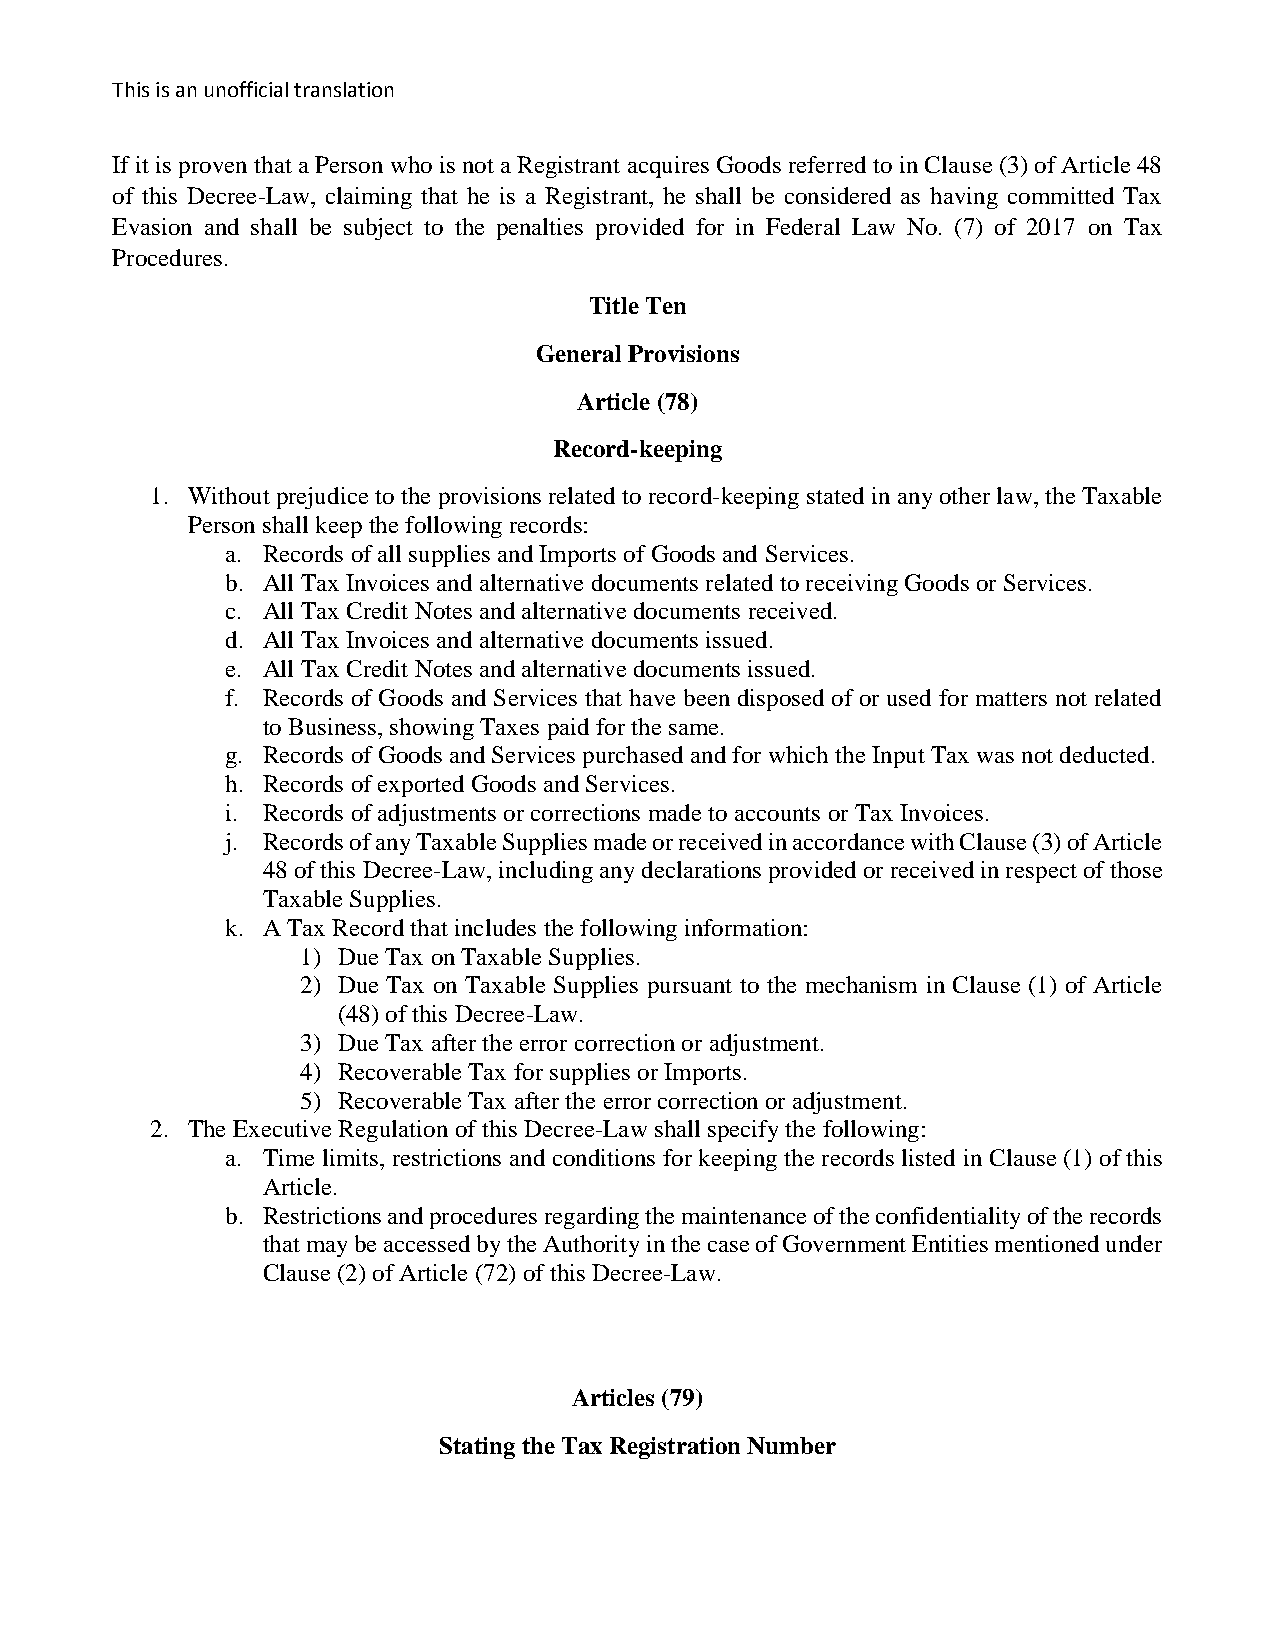
This is an unofficial translation
 If it is proven that a Person who is not a Registrant acquires Goods referred to in Clause (3) of Article 48
 of this Decree-Law, claiming that he is a Registrant, he shall be considered as having committed Tax
 Evasion and shall be subject to the penalties provided for in Federal Law No. (7) of 2017 on Tax
 Procedures.
 Title Ten
 General Provisions
 Article (78)
 Record-keeping
 1. Without prejudice to the provisions related to record-keeping stated in any other law, the Taxable
 Person shall keep the following records:
 a. Records of all supplies and Imports of Goods and Services.
 b. All Tax Invoices and alternative documents related to receiving Goods or Services.
 c. All Tax Credit Notes and alternative documents received.
 d. All Tax Invoices and alternative documents issued.
 e. All Tax Credit Notes and alternative documents issued.
 f. Records of Goods and Services that have been disposed of or used for matters not related
 to Business, showing Taxes paid for the same.
 g. Records of Goods and Services purchased and for which the Input Tax was not deducted.
 h. Records of exported Goods and Services.
 i. Records of adjustments or corrections made to accounts or Tax Invoices.
 j. Records of any Taxable Supplies made or received in accordance with Clause (3) of Article
 48 of this Decree-Law, including any declarations provided or received in respect of those
 Taxable Supplies.
 k. A Tax Record that includes the following information:
 1) Due Tax on Taxable Supplies.
 2) Due Tax on Taxable Supplies pursuant to the mechanism in Clause (1) of Article
 (48) of this Decree-Law.
 3) Due Tax after the error correction or adjustment.
 4) Recoverable Tax for supplies or Imports.
 5) Recoverable Tax after the error correction or adjustment.
 2. The Executive Regulation of this Decree-Law shall specify the following:
 a. Time limits, restrictions and conditions for keeping the records listed in Clause (1) of this
 Article.
 b. Restrictions and procedures regarding the maintenance of the confidentiality of the records
 that may be accessed by the Authority in the case of Government Entities mentioned under
 Clause (2) of Article (72) of this Decree-Law.
 Articles (79)
 Stating the Tax Registration Number